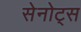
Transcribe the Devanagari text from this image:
सेनोट्स